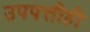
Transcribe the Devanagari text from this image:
उपपत्तीही